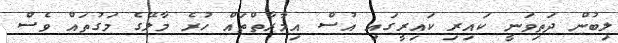
ލިބުން ދަތިވަނީ ކައިރި ކައިރީގައި އުސް އިމާރާތްތައް ހުރެ މާލޭގެ މަގުތައް ވެސް